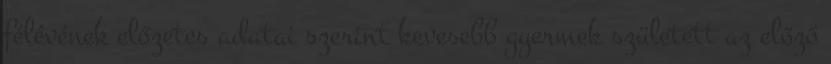
félévének előzetes adatai szerint kevesebb gyermek született az előző